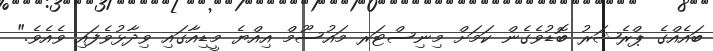
ބައެއްގެ ޕްރެޝަރު ބޮޑުވެގެން ކަމަށް މިނިސްޓަރ މައުސޫމް އިއްޔެ މީޑިއާގައި ވިދާޅުވެފައި ވެއެވެ."